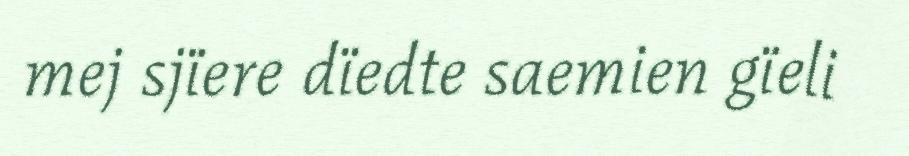
mej sjïere dïedte saemien gïeli